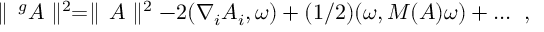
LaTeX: \parallel \, ^ { g } A \parallel ^ { 2 } = \parallel \, A \parallel ^ { 2 } - 2 ( \nabla _ { i } A _ { i } , \omega ) + ( 1 / 2 ) ( \omega , M ( A ) \omega ) + . . . \; \; ,